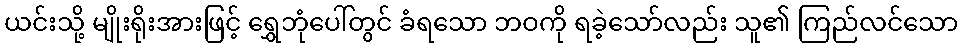
ယင်းသို့ မျိုးရိုးအားဖြင့် ရွှေဘုံပေါ်တွင် ခံရသော ဘဝကို ရခဲ့သော်လည်း သူ၏ ကြည်လင်သော